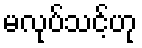
မလုပ်သင့်ဟု